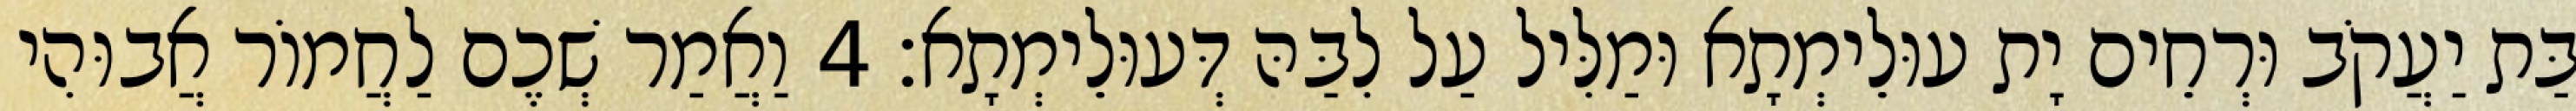
בַּת יַעֲקֹב וּרְחֵים יָת עוּלֵימְתָא וּמַלִּיל עַל לִבַּהּ דְּעוּלֵימְתָא׃ 4 וַאֲמַר שְׁכֶם לַחֲמוֹר אֲבוּהִי